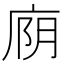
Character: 𫷮